Scientific memoirs by medical officers of the Army of India - Part VIII,
Year: 1894
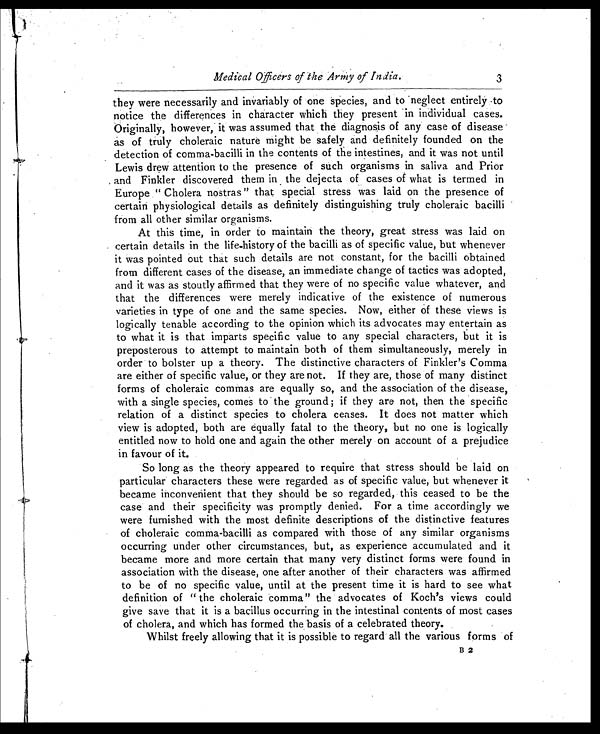
Medical Officers of the Army of India.
3
they were necessarily and invariably of one species, and to neglect entirely to
notice the differences in character which they present in individual cases.
Originally, however, it was assumed that the diagnosis of any case of disease
as of truly choleraic nature might be safely and definitely founded on the
detection of comma-bacilli in the contents of the intestines, and it was not until
Lewis drew attention to the presence of such organisms in saliva and Prior
and Finkler discovered them in the dejecta of cases of what is termed in
Europe " Cholera nostras" that special stress was laid on the presence of
certain physiological details as definitely distinguishing truly choleraic bacilli
from all other similar organisms.
At this time, in order to maintain the theory, great stress was laid on
certain details in the life-history of the bacilli as of specific value, but whenever
it was pointed out that such details are not constant, for the bacilli obtained
from different cases of the disease, an immediate change of tactics was adopted,
and it was as stoutly affirmed that they were of no specific value whatever, and
that the differences were merely indicative of the existence of numerous
varieties in type of one and the same species. Now, either of these views is
logically tenable according to the opinion which its advocates may entertain as
to what it is that imparts specific value to any special characters, but it is
preposterous to attempt to maintain both of them simultaneously, merely in
order to bolster up a theory. The distinctive characters of Finkler's Comma
are either of specific value, or they are not. If they are, those of many distinct
forms of choleraic commas are equally so, and the association of the disease,
with a single species, comes to the ground ; if they are not, then the specific
relation of a distinct species to cholera ceases. It does not matter which
view is adopted, both are equally fatal to the theory, but no one is logically
entitled now to hold one and again the other merely on account of a prejudice
in favour of it.
So long as the theory appeared to require that stress should be laid on
particular characters these were regarded as of specific value, but whenever it
became inconvenient that they should be so regarded, this ceased to be the
case and their specificity was promptly denied. For a time accordingly we
were furnished with the most definite descriptions of the distinctive features
of choleraic comma-bacilli as compared with those of any similar organisms
occurring under other circumstances, but, as experience accumulated and it
became more and more certain that many very distinct forms were found in
association with the disease, one after another of their characters was affirmed
to be of no specific value, until at the present time it is hard to see what
definition of " the choleraic comma" the advocates of Koch's views could
give save that it is a bacillus occurring in the intestinal contents of most cases
of cholera, and which has formed the basis of a celebrated theory.
Whilst freely allowing that it is possible to regard all the various forms of
B 2